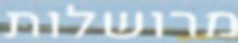
מרושלות